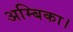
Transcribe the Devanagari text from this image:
अम्बिका।